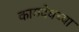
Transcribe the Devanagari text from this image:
कामदेवच्या